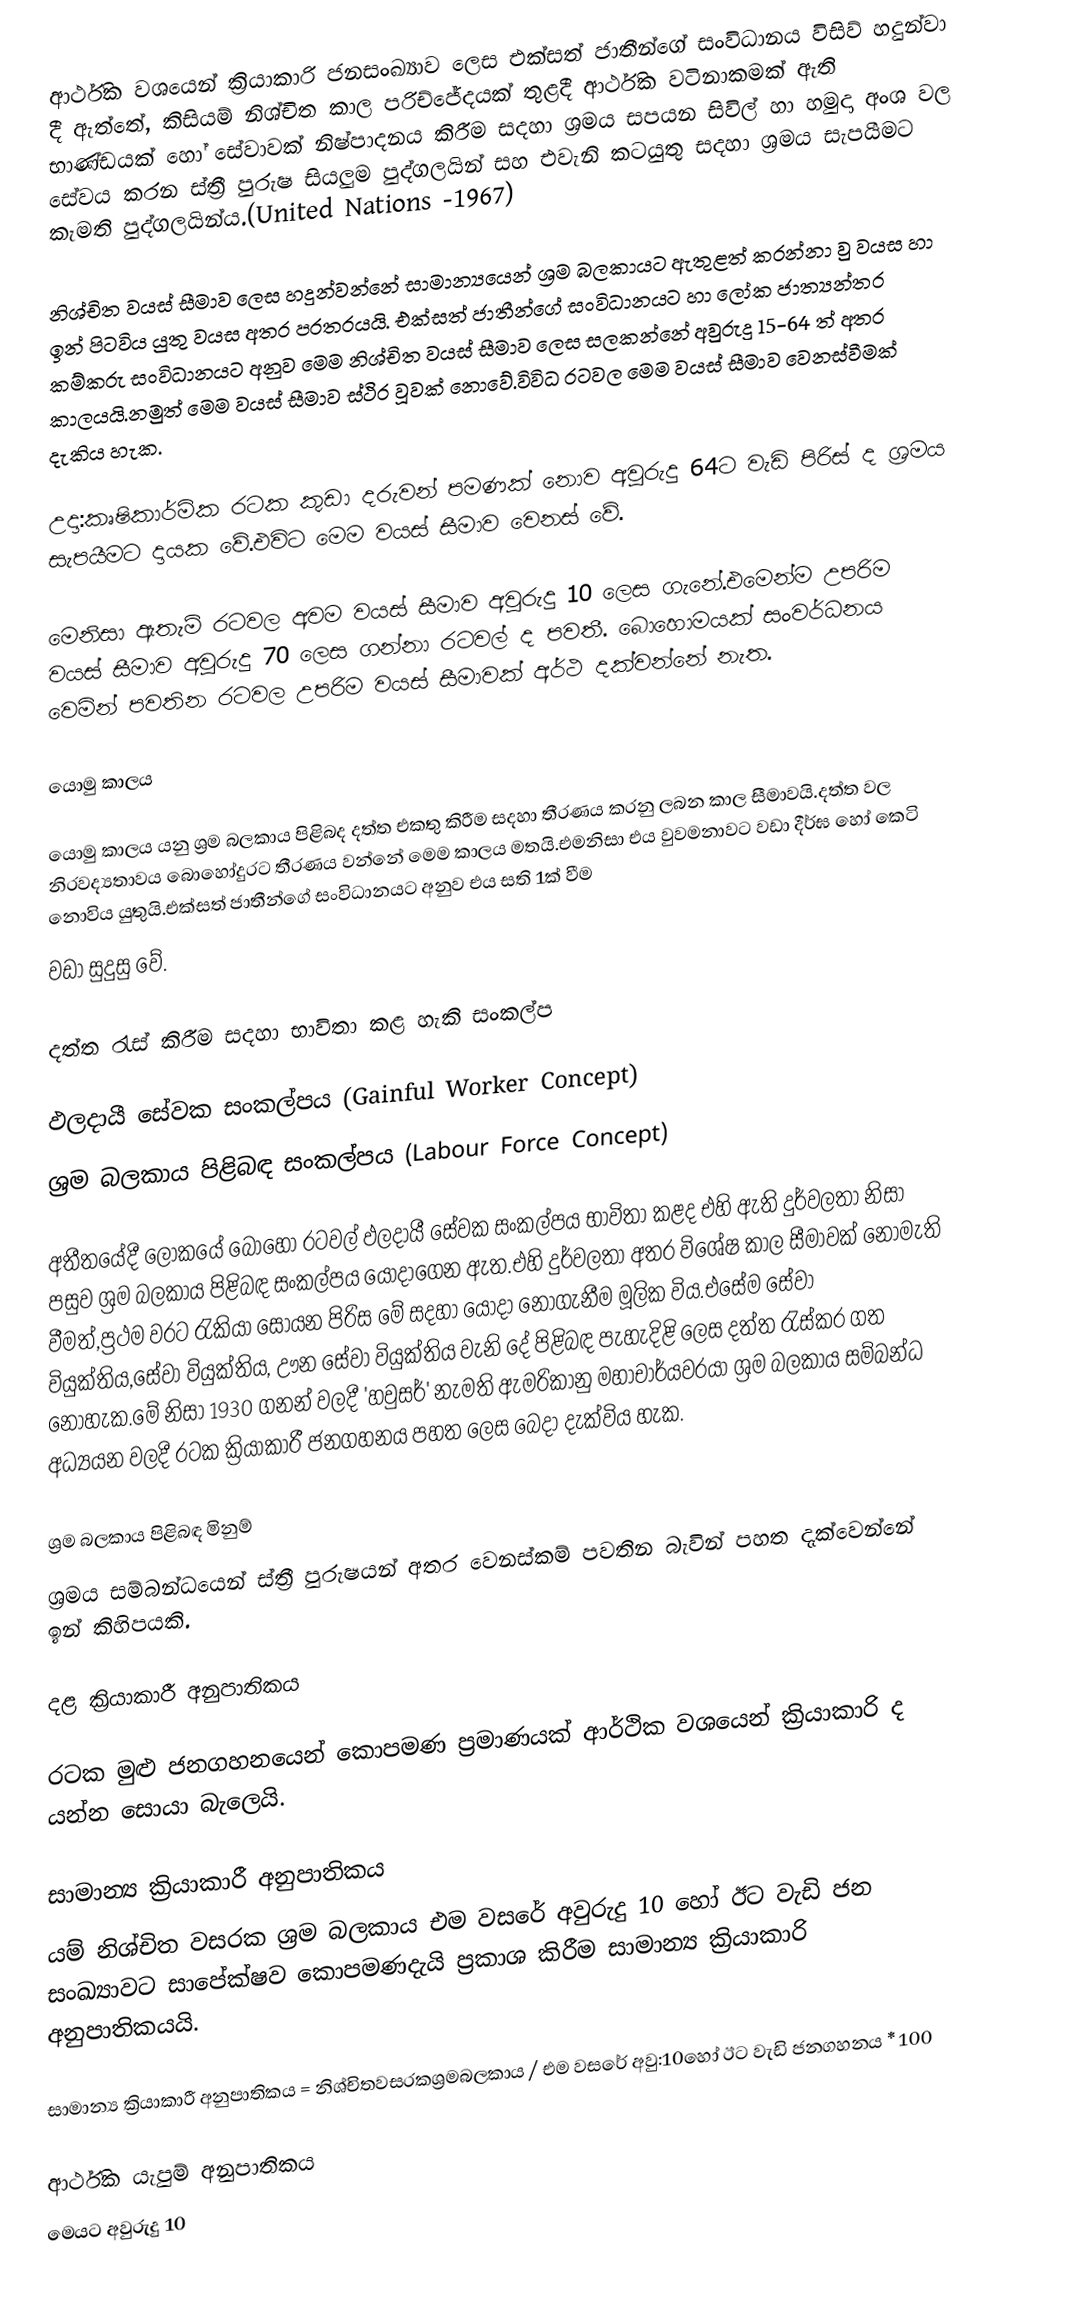
ආර්ථික වශයෙන් ක්‍රියාකාරි ජනසංඛ්‍යාව ලෙස එක්සත් ජාතීන්ගේ සංවිධානය විසිව් හදුන්වා දී ඇත්තේ, කිසියම් නිශ්චිත කාල පරිච්ජේදයක් තුළදී ආර්ථික වටිනාකමක් ඇති භාණ්ඩයක් හෝ සේවාවක් නිෂ්පාදනය කිරීම සදහා ශ්‍රමය සපයන සිවිල් හා හමුදා අංශ වල සේවය කරන ස්ත්‍රී පුරුෂ සියලුම පුද්ගලයින් සහ එවැනි කටයුතු සදහා ශ්‍රමය සැපයීමට කැමති පුද්ගලයින්ය.(United Nations -1967)

නිශ්චිත වයස් සීමාව ලෙස හදුන්වන්නේ සාමාන්‍යයෙන් ශ්‍රම බලකායට ඇතුළත් කරන්නා වු වයස හා ඉන් පිටවිය යුතු වයස අතර පරතරයයි. එක්සත් ජාතීන්ගේ සංවිධානයට හා ලෝක ජාත්‍යන්තර කම්කරු සංවිධානයට අනුව මෙම නිශ්චිත වයස් සීමාව ලෙස සලකන්නේ අවුරුදු 15-64 ත් අතර කාලයයි.නමුත් මෙම වයස් සීමාව ස්ථිර වූවක් නොවේ.විවිධ රටවල මෙම වයස් සීමාව ‍වෙනස්වීමක් දැකිය හැක.

උදා:කෘෂිකාර්මික රටක කුඩා දරුවන් පමණක් නොව අවුරුදු 64ට වැඩි පිරිස් ද ශ්‍රමය සැපයීමට දායක වේ.එවිට මෙම වයස් සීමාව වෙනස් වේ.

මෙනිසා ඇතැම් රටවල අවම වයස් සීමාව අවුරුදු 10 ලෙස ගැනේ.එමෙන්ම උපරිම වයස් සීමාව අවුරුදු 70 ලෙස ගන්නා රටවල් ද පවතී. බොහොමයක් සංවර්ධනය වෙමින් පවතින රටවල උපරිම වයස් සීමාවක් අර්ථ දක්වන්නේ නැත.

යොමු කාලය

යොමු කාලය යනු ශ්‍රම බලකාය පිළිබද දත්ත එකතු කිරීම සදහා තීරණය කරනු ලබන කාල සීමාවයි.දත්ත වල නිරවද්‍යතාවය බොහෝදුරට තීරණය වන්නේ මෙම කාලය මතයි.එමනිසා එය වුවමනාවට වඩා දීර්ඝ හෝ කෙටි නොවිය යුතුයි.එක්සත් ජාතී‍න්ගේ සංවිධානයට අනුව එය සති 1ක් වීම
වඩා සුදුසු වේ.

දත්ත රැස් කිරීම සදහා භාවිතා කළ හැකි සංකල්ප

ඵලදායී සේවක සංකල්පය (Gainful Worker Concept)
ශ්‍රම බලකාය පිළිබඳ සංකල්පය (Labour Force Concept)

අතීතයේදී ලෝකයේ බොහෝ රටවල් ඵලදායී සේවක සංකල්පය භාවිතා කළද එහි ඇති දුර්වලතා නිසා පසුව ශ්‍රම බලකාය පිළිබඳ සංකල්පය යොදාගෙන ඇත.එහි දුර්වලතා අතර විශේෂ කාල සීමාවක් නොමැති වීමත්,ප්‍රථම වරට රැකියා සොයන පිරිස මේ සදහා යොදා නොගැනීම මූලික විය.එසේම සේවා වියුක්තිය,සේවා වියුක්තිය, ඌන සේවා වියුක්තිය වැනි දේ පිළිබඳ පැහැදිළි ලෙස දත්ත රැස්කර ගත නොහැක.මේ නිසා 1930 ගනන් වලදී 'හවුසර්' නැමති ඇමරිකානු මහාචාර්යවරයා ශ්‍රම බලකාය සම්බන්ධ අධ්‍යයන වලදී රටක ක්‍රියාකාරී ජනගහනය පහත ලෙස බෙදා දැක්විය හැක.

ශ්‍රම බලකාය පිළිබඳ මිනුම්
ශ්‍රමය සම්බන්ධයෙන් ස්ත්‍රී පුරුෂයන් අතර වෙනස්කම් පවතින බැවින් පහත දැක්වෙන්නේ ඉන් කිහිපයකි.

දළ ක්‍රියාකාරී අනුපාතිකය

රටක මුළු ජනගහනයෙන් කොපමණ ප්‍රමා‍ණයක් ආර්ථික වශයෙන් ක්‍රියාකාරි ද යන්න සොයා බැලෙයි.

සාමාන්‍ය ක්‍රියාකාරී අනුපාතිකය
යම් නිශ්චිත වසරක ශ්‍රම බලකාය එම වසරේ අවුරුදු 10 හෝ ඊට වැඩි ජන සංඛ්‍යාවට සාපේක්ෂව කොපමණදැයි ප්‍රකාශ කිරීම සාමාන්‍ය ක්‍රියාකාරි අනුපාතිකයයි.

සාමාන්‍ය ක්‍රියාකාරී අනුපාතිකය = නිශ්චිතවසරකශ්‍රමබලකාය / එම වසරේ අවු:10හෝ ඊට වැඩි ජනගහනය * 100

ආර්ථික යැපුම් අනුපාතිකය
මෙයට අවුරුදු 10